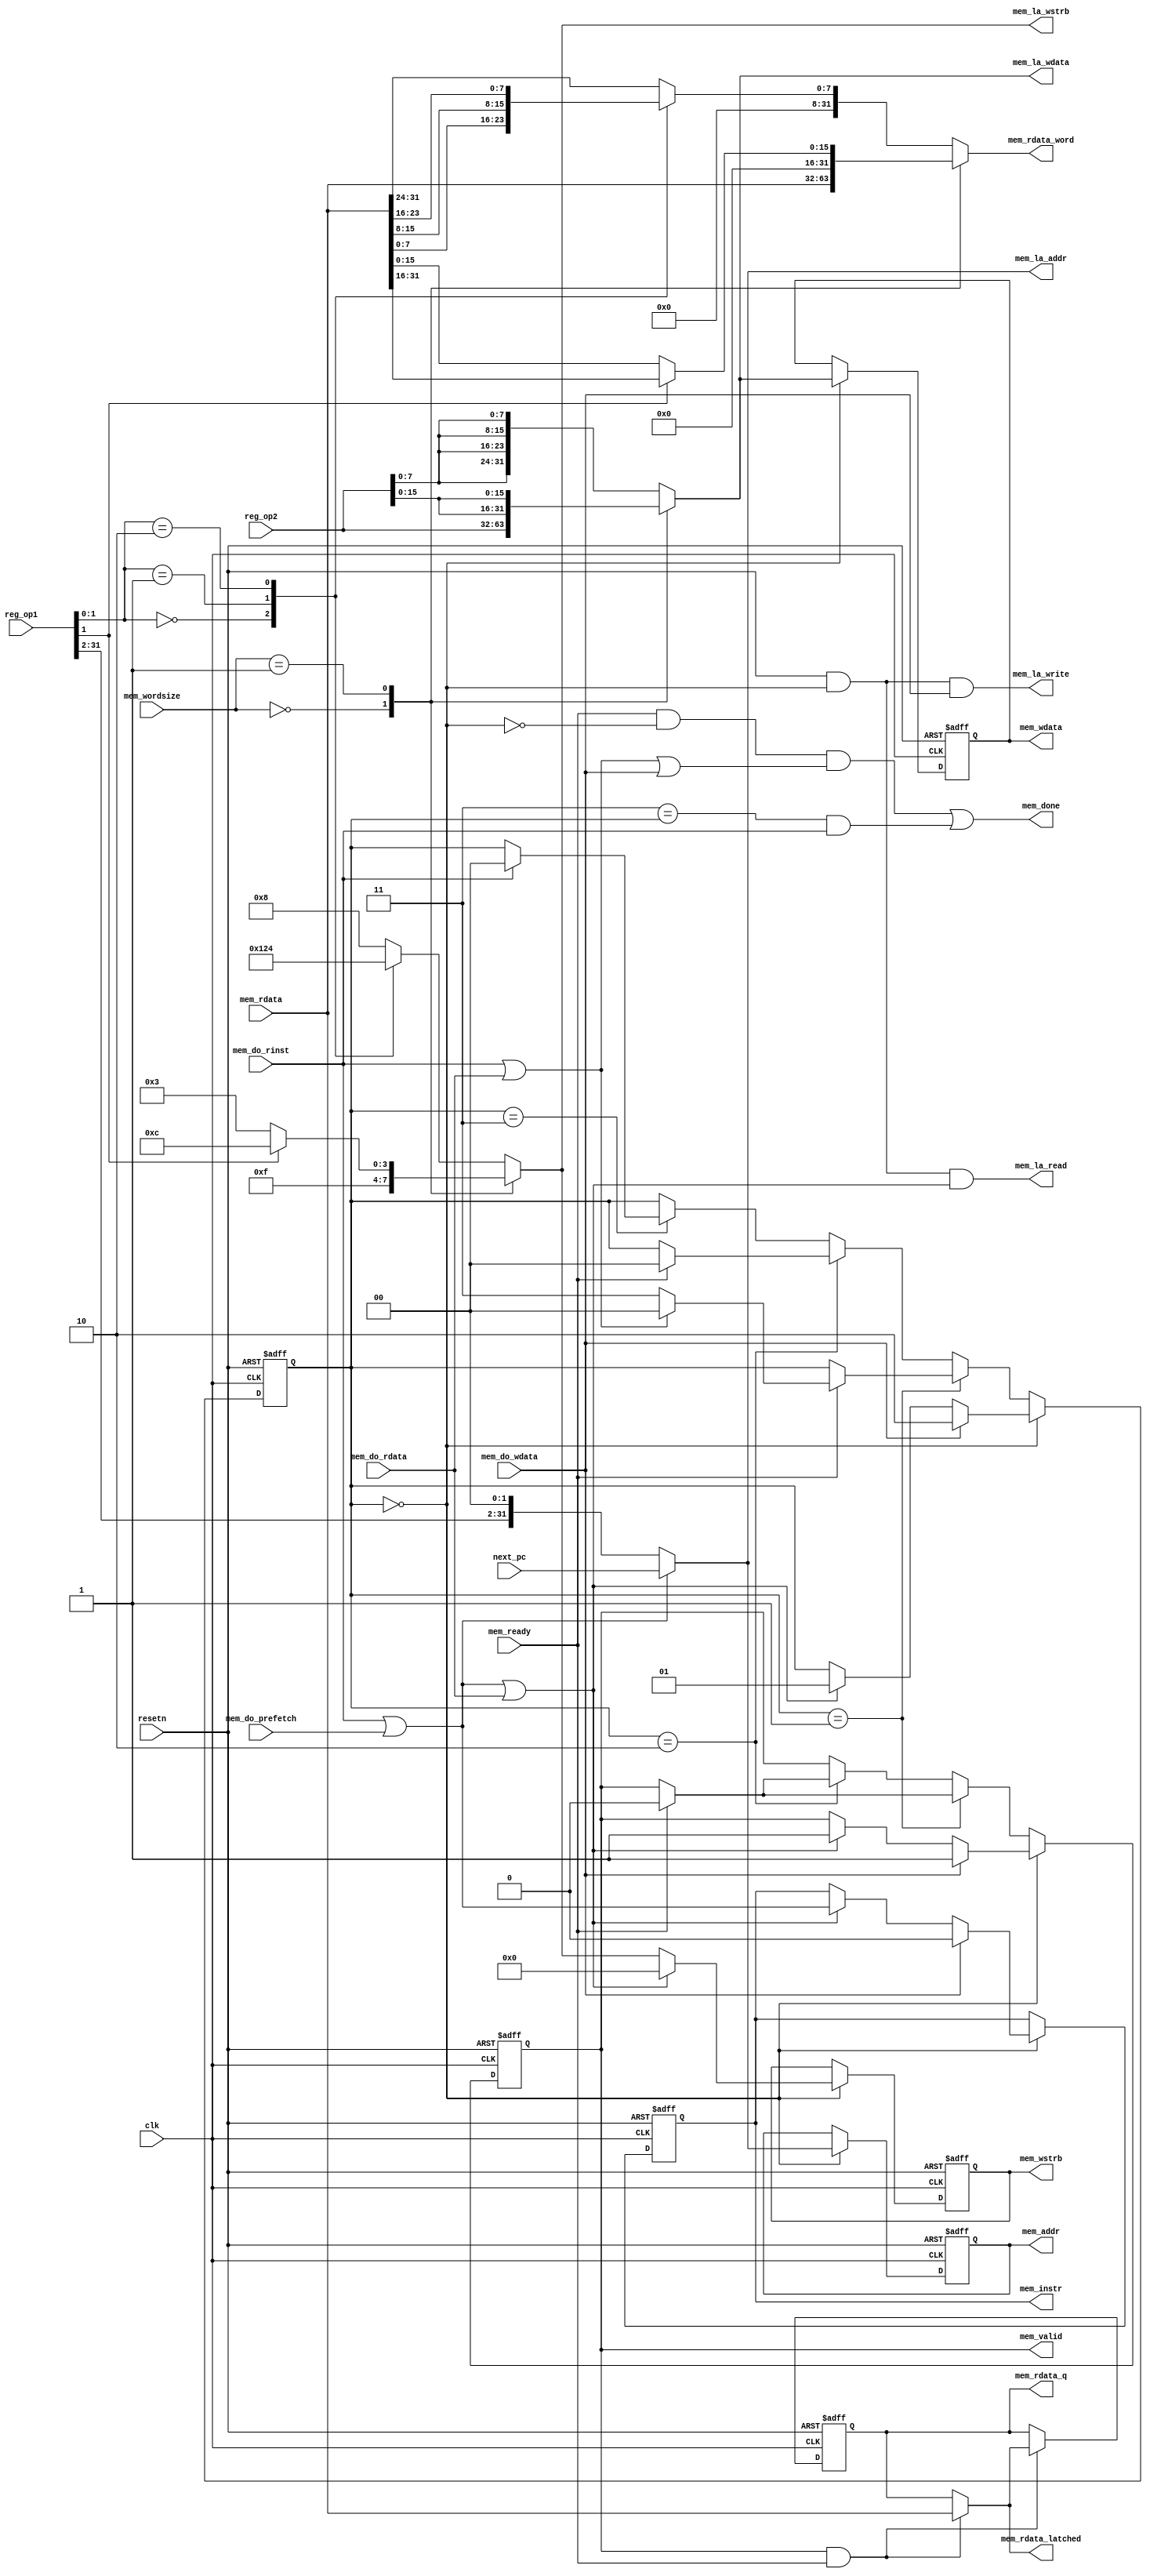
module opicorv32_memif (
    mem_rdata,
    reg_op2,
    mem_wordsize,
    next_pc,
    reg_op1,
    resetn,
    clk,
    mem_do_prefetch,
    mem_do_wdata,
    mem_do_rdata,
    mem_do_rinst,
    mem_ready,
    mem_done,
    mem_valid,
    mem_instr,
    mem_addr,
    mem_wdata,
    mem_wstrb,
    mem_rdata_latched,
    mem_rdata_q,
    mem_rdata_word,
    mem_la_read,
    mem_la_write,
    mem_la_addr,
    mem_la_wdata,
    mem_la_wstrb
);

    input [31:0] mem_rdata;
    input [31:0] reg_op2;
    input [1:0] mem_wordsize;
    input [31:0] next_pc;
    input [31:0] reg_op1;
    input resetn;
    input clk;
    input mem_do_prefetch;
    input mem_do_wdata;
    input mem_do_rdata;
    input mem_do_rinst;
    input mem_ready;
    output mem_done;
    output mem_valid;
    output mem_instr;
    output [31:0] mem_addr;
    output [31:0] mem_wdata;
    output [3:0] mem_wstrb;
    output [31:0] mem_rdata_latched;
    output [31:0] mem_rdata_q;
    output [31:0] mem_rdata_word;
    output mem_la_read;
    output mem_la_write;
    output [31:0] mem_la_addr;
    output [31:0] mem_la_wdata;
    output [3:0] mem_la_wstrb;

    /* signal declarations */
    wire _1326;
    wire _1327;
    wire _1328;
    wire _1329;
    wire _1313;
    wire _1330;
    wire _1331;
    wire [7:0] _1389;
    wire [23:0] _1394 = 24'b000000000000000000000000;
    wire [31:0] _1396;
    wire [7:0] _1381;
    wire [23:0] _1386 = 24'b000000000000000000000000;
    wire [31:0] _1388;
    wire [7:0] _1373;
    wire [23:0] _1378 = 24'b000000000000000000000000;
    wire [31:0] _1380;
    wire [7:0] _1365;
    wire [23:0] _1370 = 24'b000000000000000000000000;
    wire [31:0] _1372;
    wire [1:0] _1397;
    reg [31:0] _1398;
    wire [15:0] _1399;
    wire [15:0] _1403 = 16'b0000000000000000;
    wire [31:0] _1405;
    wire [15:0] _1406;
    wire [15:0] _1410 = 16'b0000000000000000;
    wire [31:0] _1412;
    wire _1413;
    wire [31:0] _1414;
    reg [31:0] _1415;
    wire _1338;
    wire [31:0] _1340 = 32'b00000000000000000000000000000000;
    wire [31:0] _1339 = 32'b00000000000000000000000000000000;
    reg [31:0] _1341;
    wire _1342;
    wire _1343;
    wire [31:0] _1344;
    wire [31:0] _1337;
    wire [3:0] _1426 = 4'b0000;
    wire [3:0] _1424 = 4'b0000;
    wire [3:0] _1432 = 4'b0000;
    wire [3:0] _1356 = 4'b1000;
    wire [3:0] _1355 = 4'b0100;
    wire [3:0] _1354 = 4'b0010;
    wire [3:0] _1353 = 4'b0001;
    wire [1:0] _1357;
    reg [3:0] _1358;
    wire [3:0] _1360 = 4'b1100;
    wire [3:0] _1359 = 4'b0011;
    wire _1361;
    wire [3:0] _1362;
    wire [3:0] _1363 = 4'b1111;
    reg [3:0] _1364;
    wire [3:0] _1440;
    wire _1441;
    wire [3:0] _1442;
    wire [3:0] _1425;
    reg [3:0] _1427;
    wire [31:0] _1422 = 32'b00000000000000000000000000000000;
    wire [31:0] _1420 = 32'b00000000000000000000000000000000;
    wire [7:0] _1348;
    wire [15:0] _1349;
    wire [31:0] _1350;
    wire [15:0] _1345;
    wire [31:0] _1346;
    reg [31:0] _1352;
    wire _1443;
    wire [31:0] _1444;
    wire [31:0] _1421;
    reg [31:0] _1423;
    wire [31:0] _1418 = 32'b00000000000000000000000000000000;
    wire [31:0] _1416 = 32'b00000000000000000000000000000000;
    wire [1:0] _1332 = 2'b00;
    wire [29:0] _1333;
    wire [31:0] _1334;
    wire _1335;
    wire [31:0] _1336;
    wire _1445;
    wire [31:0] _1446;
    wire [31:0] _1417;
    reg [31:0] _1419;
    wire _1429 = 1'b0;
    wire _1433;
    wire _1436;
    wire _1437;
    wire _1438;
    wire _1439;
    wire _1428;
    reg _1430;
    wire _1318 = 1'b0;
    wire _1447;
    wire _1448;
    wire _1449;
    wire _1450;
    wire _1451;
    wire _1452;
    wire _1453;
    wire _1454;
    wire _1455;
    wire _1456;
    wire _1317;
    reg _1319;
    wire _1314;
    wire _1320;
    wire _1321;
    wire _1322;
    wire vdd = 1'b1;
    wire [1:0] _1311 = 2'b00;
    wire gnd = 1'b0;
    wire [1:0] _1305 = 2'b00;
    wire _1434;
    wire _1435;
    wire [1:0] _1457;
    wire [1:0] _1458;
    wire _1431;
    wire [1:0] _1459;
    wire [1:0] _1460;
    wire [1:0] _1461;
    wire [1:0] _1462;
    wire [1:0] _1306 = 2'b11;
    wire _1463;
    wire [1:0] _1464;
    wire [1:0] _1307 = 2'b10;
    wire _1465;
    wire [1:0] _1466;
    wire [1:0] _1308 = 2'b01;
    wire _1467;
    wire [1:0] _1468;
    wire _1469;
    wire [1:0] _1470;
    wire [1:0] _1310;
    reg [1:0] _1312;
    wire [1:0] _1309 = 2'b00;
    wire _1315;
    wire _1316;
    wire _1323;
    wire _1324;
    wire _1325;

    /* logic */
    assign _1326 = resetn & _1313;
    assign _1327 = _1326 & mem_do_wdata;
    assign _1328 = mem_do_rinst | mem_do_prefetch;
    assign _1329 = _1328 | mem_do_rdata;
    assign _1313 = _1309 == _1312;
    assign _1330 = resetn & _1313;
    assign _1331 = _1330 & _1329;
    assign _1389 = mem_rdata[31:24];
    assign _1396 = { _1394, _1389 };
    assign _1381 = mem_rdata[23:16];
    assign _1388 = { _1386, _1381 };
    assign _1373 = mem_rdata[15:8];
    assign _1380 = { _1378, _1373 };
    assign _1365 = mem_rdata[7:0];
    assign _1372 = { _1370, _1365 };
    assign _1397 = reg_op1[1:0];
    always @* begin
        case (_1397)
        0: _1398 <= _1372;
        1: _1398 <= _1380;
        2: _1398 <= _1388;
        default: _1398 <= _1396;
        endcase
    end
    assign _1399 = mem_rdata[31:16];
    assign _1405 = { _1403, _1399 };
    assign _1406 = mem_rdata[15:0];
    assign _1412 = { _1410, _1406 };
    assign _1413 = reg_op1[1:1];
    assign _1414 = _1413 ? _1405 : _1412;
    always @* begin
        case (mem_wordsize)
        0: _1415 <= mem_rdata;
        1: _1415 <= _1414;
        default: _1415 <= _1398;
        endcase
    end
    assign _1338 = _1319 & mem_ready;
    always @(posedge clk or negedge resetn) begin
        if (resetn == 0)
            _1341 <= _1339;
        else
            if (_1338)
                _1341 <= _1337;
    end
    assign _1342 = _1319 & mem_ready;
    assign _1343 = _1342 | gnd;
    assign _1344 = _1343 ? mem_rdata : _1341;
    assign _1337 = _1344;
    assign _1357 = reg_op1[1:0];
    always @* begin
        case (_1357)
        0: _1358 <= _1353;
        1: _1358 <= _1354;
        2: _1358 <= _1355;
        default: _1358 <= _1356;
        endcase
    end
    assign _1361 = reg_op1[1:1];
    assign _1362 = _1361 ? _1360 : _1359;
    always @* begin
        case (mem_wordsize)
        0: _1364 <= _1363;
        1: _1364 <= _1362;
        default: _1364 <= _1358;
        endcase
    end
    assign _1440 = _1435 ? _1432 : _1364;
    assign _1441 = _1312 == _1309;
    assign _1442 = _1441 ? _1440 : _1427;
    assign _1425 = _1442;
    always @(posedge clk or negedge resetn) begin
        if (resetn == 0)
            _1427 <= _1424;
        else
            _1427 <= _1425;
    end
    assign _1348 = reg_op2[7:0];
    assign _1349 = { _1348, _1348 };
    assign _1350 = { _1349, _1349 };
    assign _1345 = reg_op2[15:0];
    assign _1346 = { _1345, _1345 };
    always @* begin
        case (mem_wordsize)
        0: _1352 <= reg_op2;
        1: _1352 <= _1346;
        default: _1352 <= _1350;
        endcase
    end
    assign _1443 = _1312 == _1309;
    assign _1444 = _1443 ? _1352 : _1423;
    assign _1421 = _1444;
    always @(posedge clk or negedge resetn) begin
        if (resetn == 0)
            _1423 <= _1420;
        else
            _1423 <= _1421;
    end
    assign _1333 = reg_op1[31:2];
    assign _1334 = { _1333, _1332 };
    assign _1335 = mem_do_prefetch | mem_do_rinst;
    assign _1336 = _1335 ? next_pc : _1334;
    assign _1445 = _1312 == _1309;
    assign _1446 = _1445 ? _1336 : _1419;
    assign _1417 = _1446;
    always @(posedge clk or negedge resetn) begin
        if (resetn == 0)
            _1419 <= _1416;
        else
            _1419 <= _1417;
    end
    assign _1433 = mem_do_prefetch | mem_do_rinst;
    assign _1436 = _1435 ? _1433 : _1430;
    assign _1437 = mem_do_wdata ? gnd : _1436;
    assign _1438 = _1312 == _1309;
    assign _1439 = _1438 ? _1437 : _1430;
    assign _1428 = _1439;
    always @(posedge clk or negedge resetn) begin
        if (resetn == 0)
            _1430 <= gnd;
        else
            _1430 <= _1428;
    end
    assign _1447 = _1435 ? vdd : _1319;
    assign _1448 = mem_do_wdata ? vdd : _1447;
    assign _1449 = mem_ready ? gnd : _1319;
    assign _1450 = mem_ready ? gnd : _1319;
    assign _1451 = _1312 == _1307;
    assign _1452 = _1451 ? _1450 : _1319;
    assign _1453 = _1312 == _1308;
    assign _1454 = _1453 ? _1449 : _1452;
    assign _1455 = _1312 == _1309;
    assign _1456 = _1455 ? _1448 : _1454;
    assign _1317 = _1456;
    always @(posedge clk or negedge resetn) begin
        if (resetn == 0)
            _1319 <= gnd;
        else
            _1319 <= _1317;
    end
    assign _1314 = _1306 == _1312;
    assign _1320 = _1314 & mem_do_rinst;
    assign _1321 = mem_do_rinst | mem_do_rdata;
    assign _1322 = _1321 | mem_do_wdata;
    assign _1434 = mem_do_prefetch | mem_do_rinst;
    assign _1435 = _1434 | mem_do_rdata;
    assign _1457 = _1435 ? _1308 : _1312;
    assign _1458 = mem_do_wdata ? _1307 : _1457;
    assign _1431 = mem_do_rinst | mem_do_rdata;
    assign _1459 = _1431 ? _1309 : _1306;
    assign _1460 = mem_ready ? _1459 : _1312;
    assign _1461 = mem_ready ? _1309 : _1312;
    assign _1462 = mem_do_rinst ? _1309 : _1312;
    assign _1463 = _1312 == _1306;
    assign _1464 = _1463 ? _1462 : _1312;
    assign _1465 = _1312 == _1307;
    assign _1466 = _1465 ? _1461 : _1464;
    assign _1467 = _1312 == _1308;
    assign _1468 = _1467 ? _1460 : _1466;
    assign _1469 = _1312 == _1309;
    assign _1470 = _1469 ? _1458 : _1468;
    assign _1310 = _1470;
    always @(posedge clk or negedge resetn) begin
        if (resetn == 0)
            _1312 <= _1305;
        else
            _1312 <= _1310;
    end
    assign _1315 = _1309 == _1312;
    assign _1316 = ~ _1315;
    assign _1323 = mem_ready & _1316;
    assign _1324 = _1323 & _1322;
    assign _1325 = _1324 | _1320;

    /* aliases */

    /* output assignments */
    assign mem_done = _1325;
    assign mem_valid = _1319;
    assign mem_instr = _1430;
    assign mem_addr = _1419;
    assign mem_wdata = _1423;
    assign mem_wstrb = _1427;
    assign mem_rdata_latched = _1337;
    assign mem_rdata_q = _1341;
    assign mem_rdata_word = _1415;
    assign mem_la_read = _1331;
    assign mem_la_write = _1327;
    assign mem_la_addr = _1336;
    assign mem_la_wdata = _1352;
    assign mem_la_wstrb = _1364;

endmodule